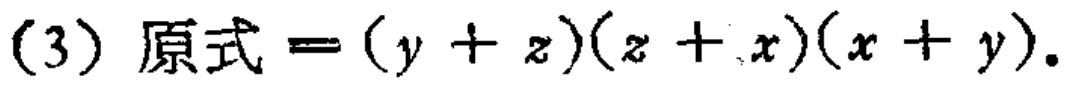
(3) 原式$=(y + z)(z + x)(x + y)$.